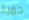
حمية